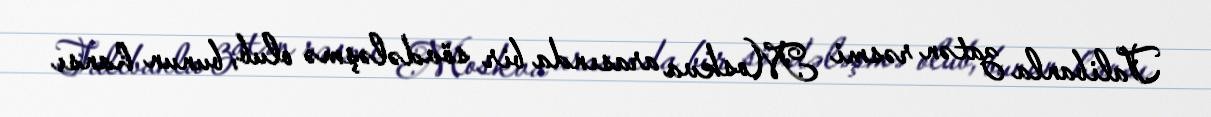
Talibanla zatən rəsmi Moskva arasında bir sövdələşmə olub, bunun hansı